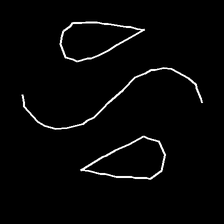
Glyph: water